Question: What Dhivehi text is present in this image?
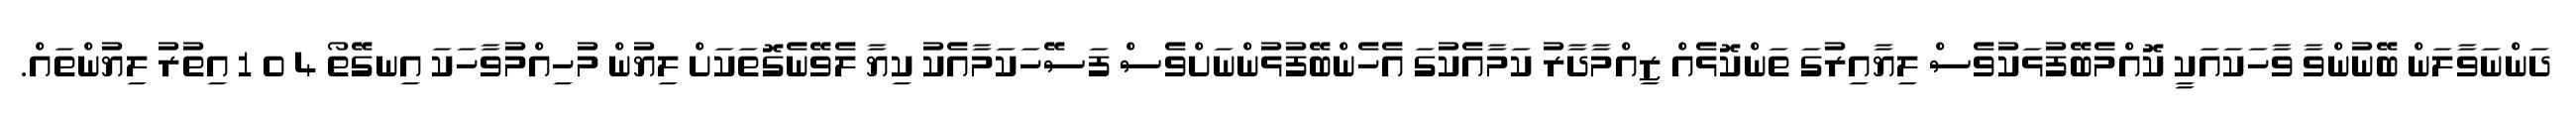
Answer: ދަންނަވާލަން ބޭނުންވާ ވާހަކައަކީ ކޮއްމެބޭފުޅަކުވެސް ލިޔާއިރުގަ ތަންކޮޅެއް ޒިއްމާދާރު ކަމާއެކުގަ އެހެންބޭފުޅުންނަށްވެސް ފަސޭހަކަމާއެކު ކިޔާ ލެވޭނެގޮތަކަށް ލިޔުން މުހިއްމުވާހަކަ އިނގޭތޯ 4 0 1 އިތުރު ލިޔުންތައް.